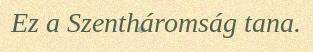
Ez a Szentháromság tana.